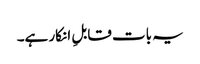
یہ بات قابلِ انکار ہے۔